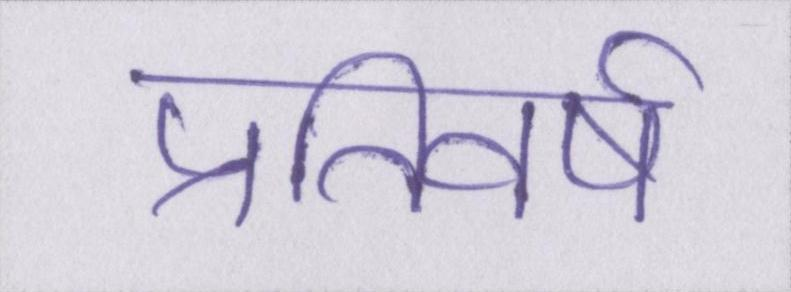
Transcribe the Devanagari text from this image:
प्रतिवर्ष